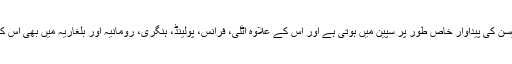
یورپی یونین میں لہسن کی پیداوار خاص طور پر سپین میں ہوتی ہے اور اس کے علاوہ اٹلی، فرانس، پولینڈ، ہنگری، رومانیہ اور بلغاريہ میں بھی اس کی کاشت ہوتی ہے۔